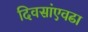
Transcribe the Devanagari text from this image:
दिवसांएवढा